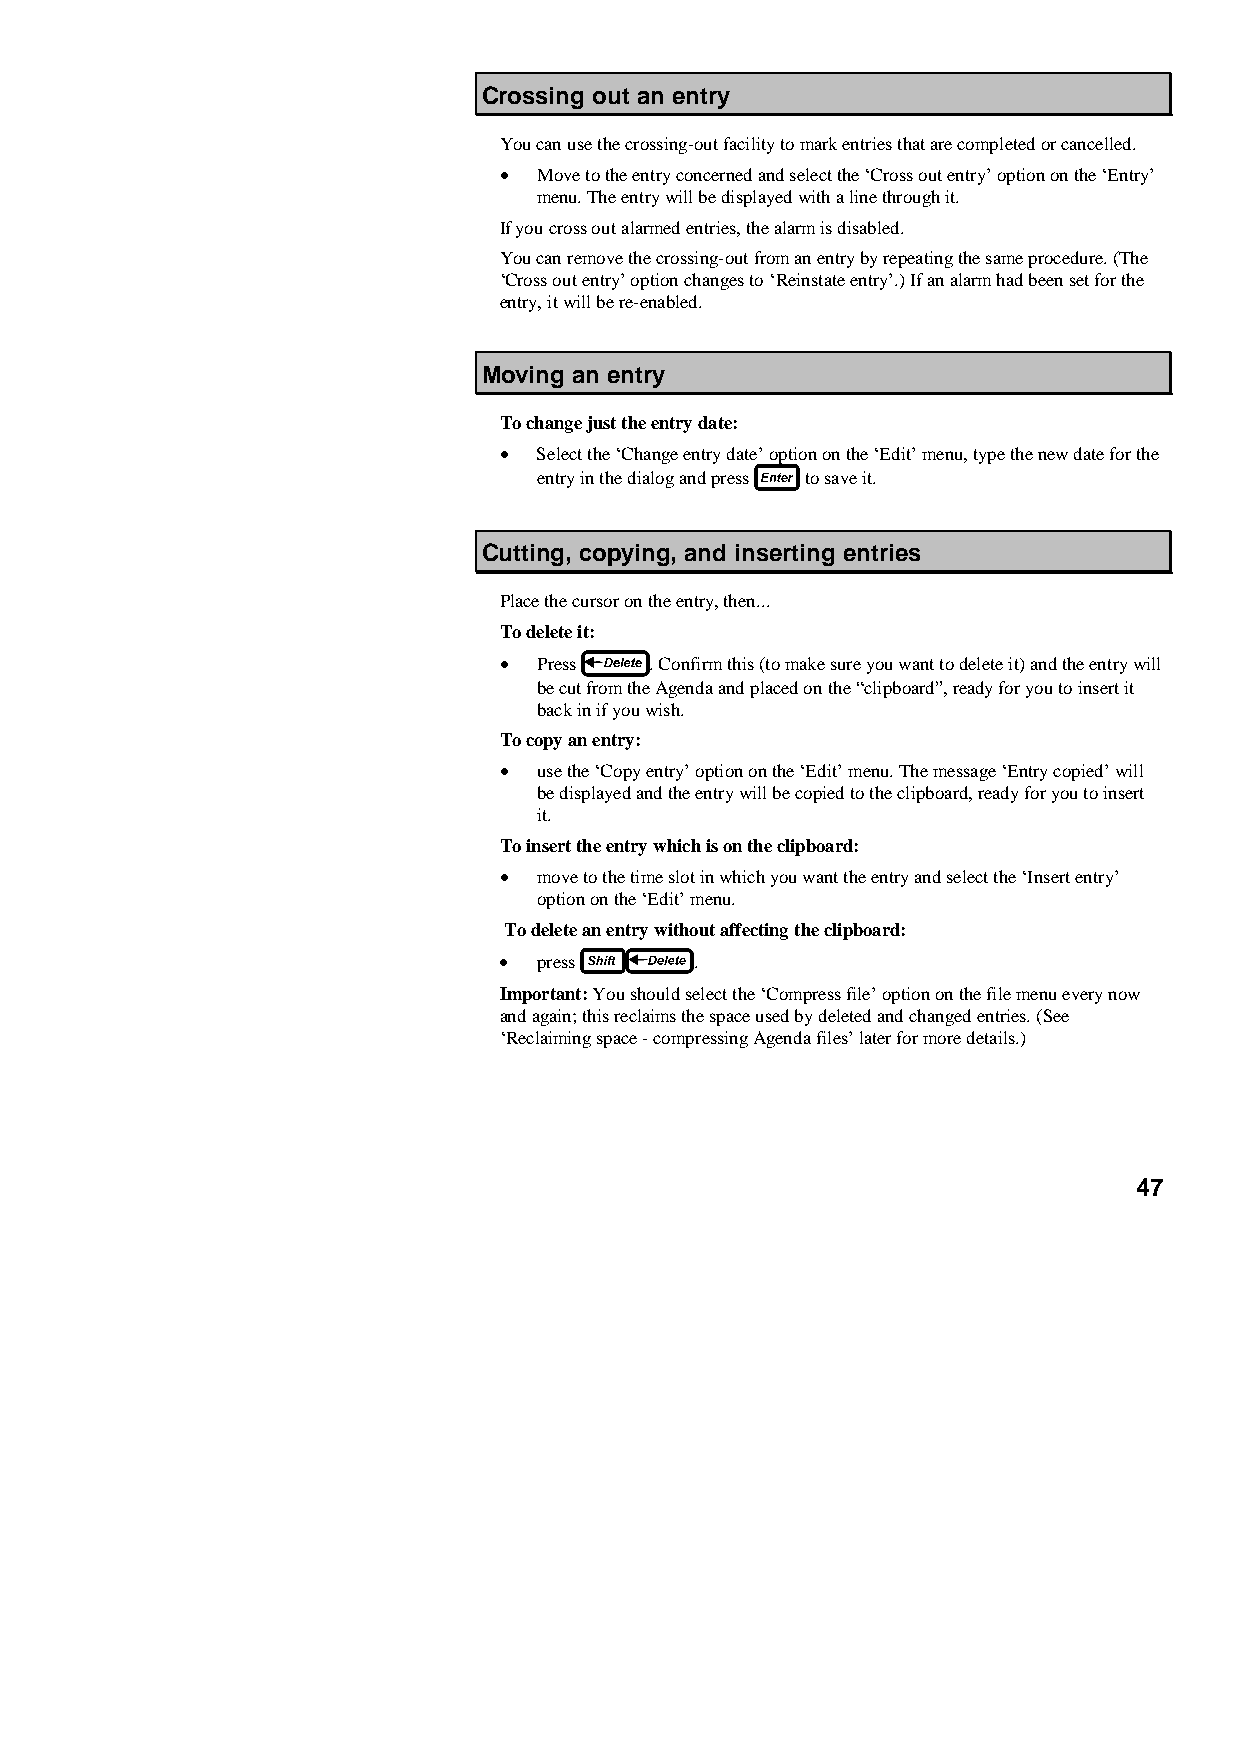
Crossing out an entry
 You can use the crossing-out facility to mark entries that are completed or cancelled.
 •  Move to the entry concerned and select the ‘Cross out entry’ option on the ‘Entry’
 menu. The entry will be displayed with a line through it.
 If you cross out alarmed entries, the alarm is disabled.
 You can remove the crossing-out from an entry by repeating the same procedure. (The
 ‘Cross out entry’ option changes to ‘Reinstate entry’.) If an alarm had been set for the
 entry, it will be re-enabled.
 Moving an entry
 To change just the entry date:
 •  Select the ‘Change entry date’ option on the ‘Edit’ menu, type the new date for the
 entry in the dialog and press to save it.
 Cutting, copying, and inserting entries
 Place the cursor on the entry, then...
 To delete it:
 •  Press  . Confirm this (to make sure you want to delete it) and the entry will
 be cut from the Agenda and placed on the “clipboard”, ready for you to insert it
 back in if you wish.
 To copy an entry:
 •  use the ‘Copy entry’ option on the ‘Edit’ menu. The message ‘Entry copied’ will
 be displayed and the entry will be copied to the clipboard, ready for you to insert
 it.
 To insert the entry which is on the clipboard:
 •  move to the time slot in which you want the entry and select the ‘Insert entry’
 option on the ‘Edit’ menu.
 To delete an entry without affecting the clipboard:
 •  press     .
 Important: You should select the ‘Compress file’ option on the file menu every now
 and again; this reclaims the space used by deleted and changed entries. (See
 ‘Reclaiming space - compressing Agenda files’ later for more details.)
 47